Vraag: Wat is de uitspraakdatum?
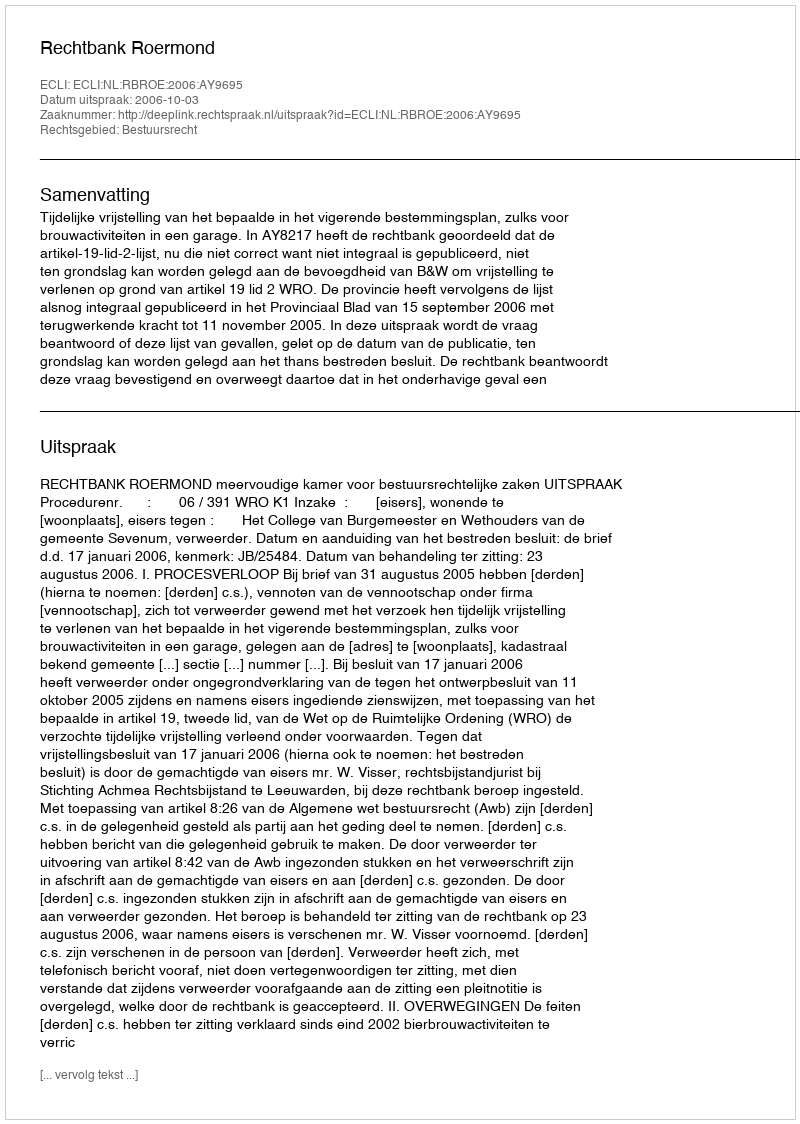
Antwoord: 2006-10-03